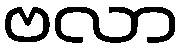
ဗလာ